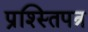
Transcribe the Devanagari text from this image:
प्रश्स्तिपत्र